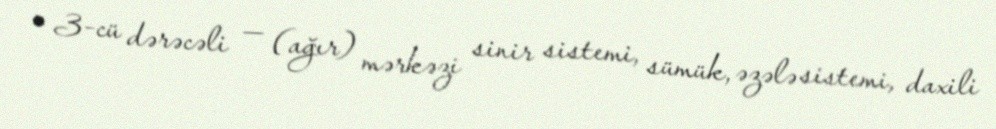
• 3-cü dərəcəli — (ağır) mərkəzi sinir sistemi, sümük, əzələ sistemi, daxili